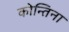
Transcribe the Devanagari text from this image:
कोन्तिना